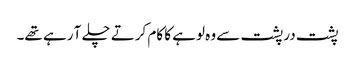
پشت در پشت سے وہ لوہے کا کام کرتے چلے آ رہے تھے۔